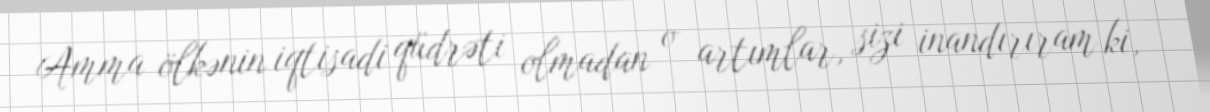
Amma ölkənin iqtisadi qüdrəti olmadan o artımlar, sizi inandırıram ki,